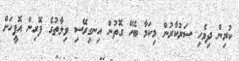
ކުރިން ދިވެހި ސަރުކާރުން މިކަމާ ބެހޭ ގޮތުން އިނގިރޭސި ވިލާތުގެ ފޮރިން އޮފީހަށް